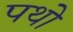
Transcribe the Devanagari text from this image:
पथो